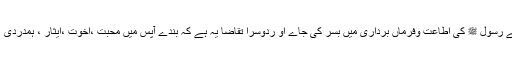
اس کا ایک تقاضا یہ ہے کہ ساری زندگی اللہ اور اس کے رسول ﷺ کی اطاعت وفرماں برداری میں بسر کی جاے او ردوسرا تقاضا یہ ہے کہ بندے آپس میں محبت ،اخوت ،ایثار ، ہمدردی ، فیاضی او رامداد باہمی کے اصولوں پر زندگی گزاریں ۔